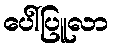
ပေါ်ပြူလာ